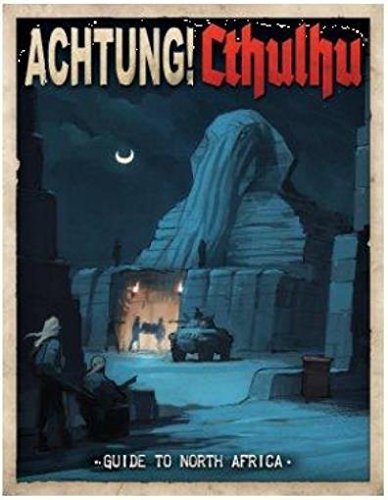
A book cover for Achtung! Cthulhu Guide to North Africa; Lynne Hardy; Science Fiction & Fantasy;